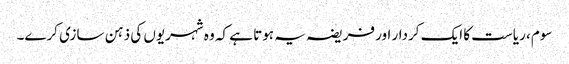
سوم، ریاست کا ایک کردار اور فریضہ یہ ہوتا ہے کہ وہ شہریوں کی ذہن سازی کرے۔